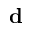
{ \bf d }